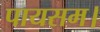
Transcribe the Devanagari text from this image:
पायसम।